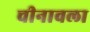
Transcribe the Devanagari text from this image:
चीनावला